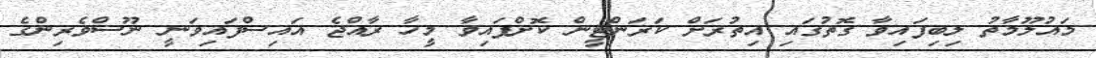
މައުލޫމާތު ލިބިފައިވާ ގޮތުގައި އިތުރަށް ކަރަންޓީން ކޮށްފައިވާ މީހާ ރާއްޖެ އައިސްފައިވަނީ ނޫސްވެރިންގެ